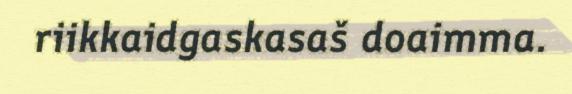
riikkaidgaskasaš doaimma.